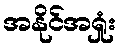
အနိုင်အရှုံး